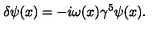
\delta \psi ( x ) = - i \omega ( x ) \gamma ^ { 5 } \psi ( x ) .